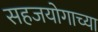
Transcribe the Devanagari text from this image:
सहजयोगाच्या